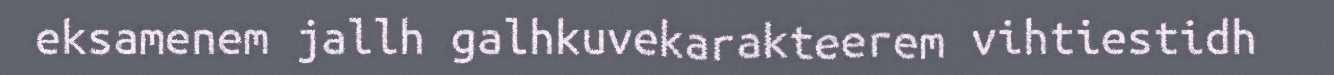
eksamenem jallh galhkuvekarakteerem vihtiestidh